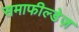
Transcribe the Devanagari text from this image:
समाफील्डेज़